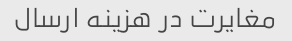
مغایرت در هزینه ارسال